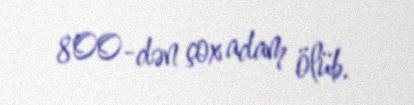
800-dən çox adam ölüb.